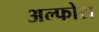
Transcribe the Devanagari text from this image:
अल्फोरा